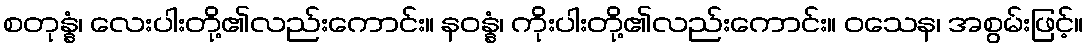
စတုန္နံ၊ လေးပါးတို့၏လည်းကောင်း။ နဝန္နံ၊ ကိုးပါးတို့၏လည်းကောင်း။ ဝသေန၊ အစွမ်းဖြင့်။